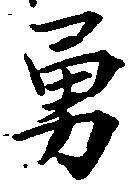
勇